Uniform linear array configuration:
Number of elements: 48
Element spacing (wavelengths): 0.75
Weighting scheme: uniform
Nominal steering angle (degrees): -30
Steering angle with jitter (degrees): -30.906
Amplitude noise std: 0.05
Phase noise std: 0.05

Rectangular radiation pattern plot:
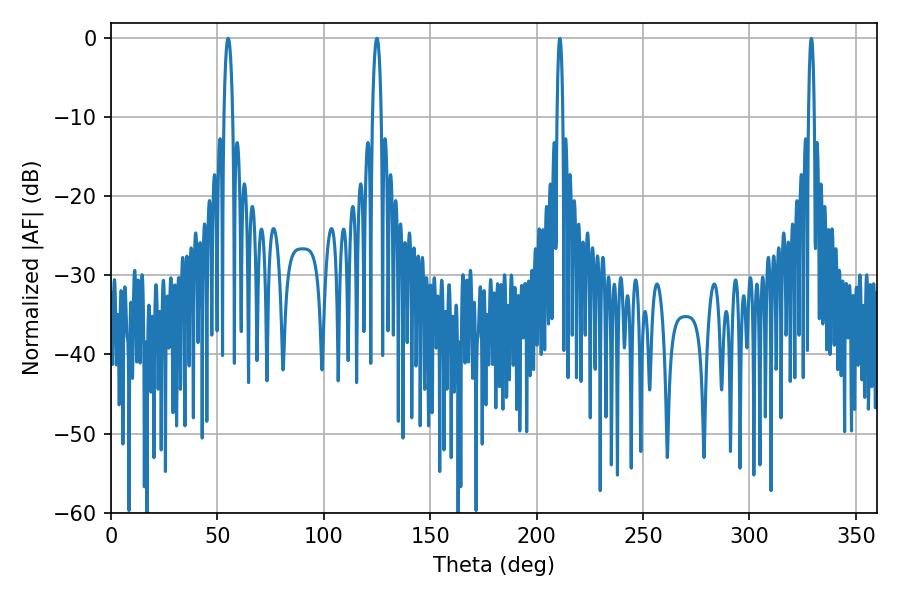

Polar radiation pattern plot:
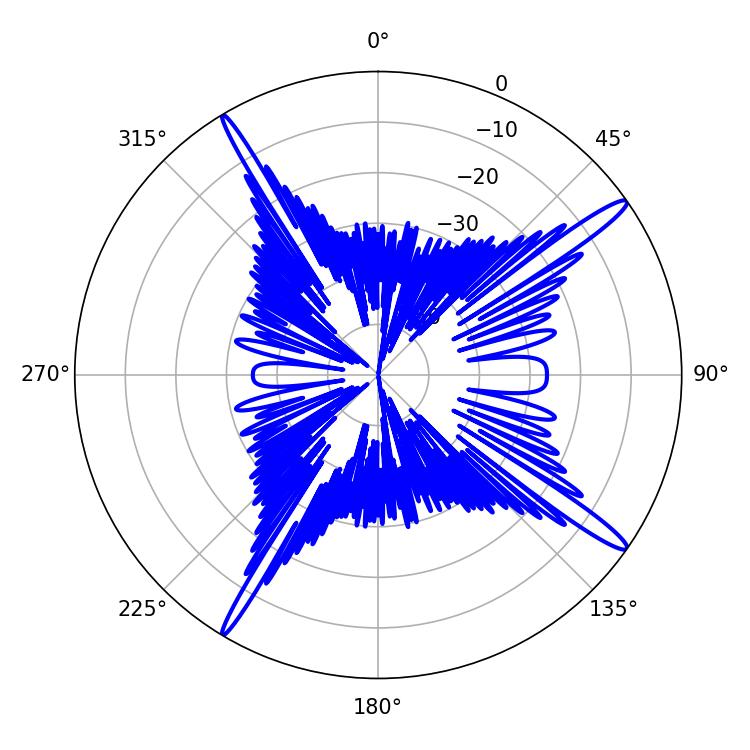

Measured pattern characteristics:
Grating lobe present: TRUE
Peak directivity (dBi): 16.358
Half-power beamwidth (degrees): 2.16
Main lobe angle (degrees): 124.92